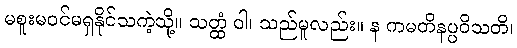
မစူးမဝင်မရှနိုင်သကဲ့သို့။ သတ္ထံ ဝါ၊ သည်မူလည်း။ န ကမတိနပ္ပဝိသတိ၊